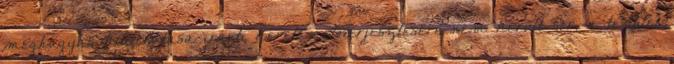
meghagyás kibocsátása iránti kérelemelőterjesztésére nem került sor, a testület